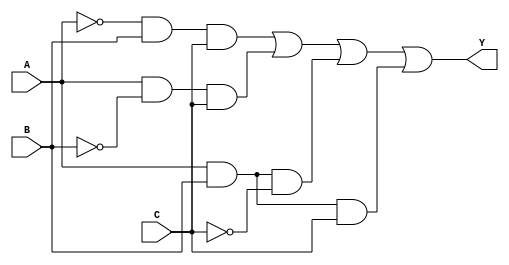
module combinational_logic (
    input wire A,  // Input A
    input wire B,  // Input B
    input wire C,  // Input C
    output wire Y  // Output Y
);

// Sum of Products (SOP) implementation
// Example logic function: Y = A'BC + AB'C + ABC' + ABC
assign Y = (~A & B & C) | (A & ~B & C) | (A & B & ~C) | (A & B & C);

endmodule